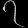
Digit: ၇